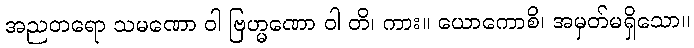
အညတရော သမဏော ဝါ ဗြဟ္မဏော ဝါ တိ၊ ကား။ ယောကောစိ၊ အမှတ်မရှိသော။